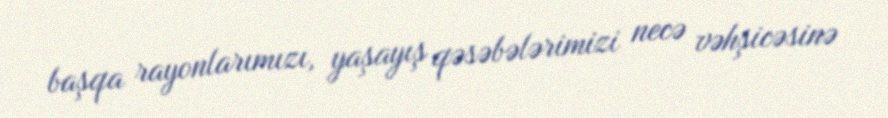
başqa rayonlarımızı, yaşayış qəsəbələrimizi necə vəhşicəsinə